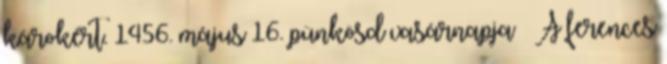
károkért. 1456. május 16. pünkösd vasárnapja – A ferences